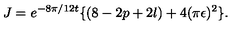
J = e ^ { - 8 \pi / 1 2 t } \{ ( 8 - 2 p + 2 l ) + 4 ( \pi \epsilon ) ^ { 2 } \} .